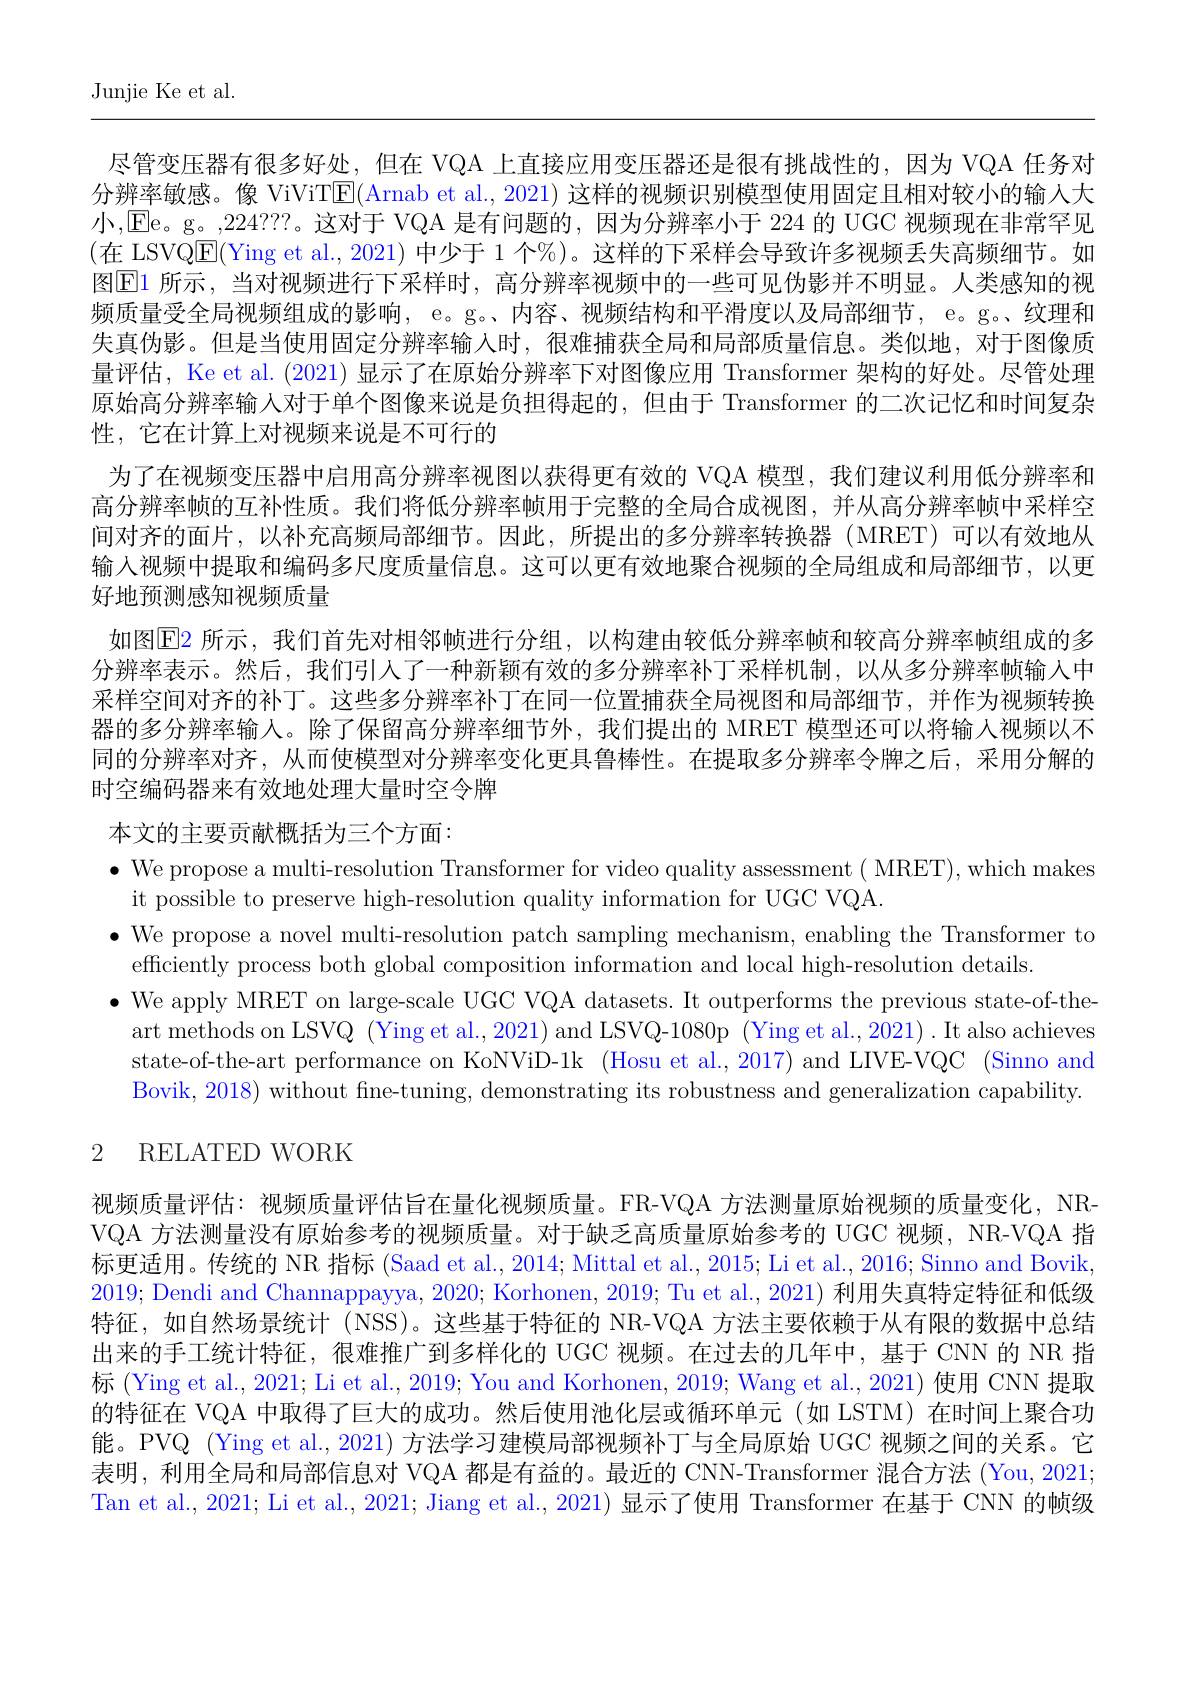
Junjie Ke et al.

尽管变压器有很多好处，但在 VQA 上直接应用变压器还是很有挑战性的，因为 VQA 任务对分辨率敏感。像 ViViTE(Arnab et al., 2021) 这样的视频识别模型使用固定且相对较小的输人大小，Ee。g。,224???。这对于 VQA 是有问题的，因为分辨率小于 224 的 UGC 视频现在非常罕见(在\_LSVQ$\overline{\mathrm{E}}($Ying et al., 2021) 中少于 1 个%)。这样的下采样会导致许多视频丢失高频细节。如图$\overline{\mathrm{E}}$1 所示，当对视频进行下采样时，高分辨率视频中的一些可见伪影并不明显。人类感知的视频质量受全局视频组成的影响，e。g。、内容、视频结构和平滑度以及局部细节，e。g。、纹理和失真伪影。但是当使用固定分辨率输人时，很难捕获全局和局部质量信息。类似地，对于图像质量评估，Ke et al. (2021)显示了在原始分辨率下对图像应用 Transformer 架构的好处。尽管处理原始高分辨率输人对于单个图像来说是负担得起的，但由于 Transformer 的二次记忆和时间复杂性，它在计算上对视频来说是不可行的
为了在视频变压器中启用高分辨率视图以获得更有效的 VQA 模型，我们建议利用低分辨率和高分辨率帧的互补性质。我们将低分辨率帧用于完整的全局合成视图，并从高分辨率帧中采样空间对齐的面片，以补充高频局部细节。因此，所提出的多分辨率转换器(MRET)可以有效地从输入视频中提取和编码多尺度质量信息。这可以更有效地聚合视频的全局组成和局部细节，以更好地预测感知视频质量
如图$\color{red}{\mathrm{E}}$2 所示，我们首先对相邻帧进行分组，以构建由较低分辨率帧和较高分辨率帧组成的多分辨率表示。然后，我们引人了一种新颖有效的多分辨率补丁采样机制，以从多分辨率帧输人中采样空间对齐的补丁。这些多分辨率补丁在同一位置捕获全局视图和局部细节，并作为视频转换器的多分辨率输入。除了保留高分辨率细节外，我们提出的 MRET 模型还可以将输人视频以不同的分辨率对齐，从而使模型对分辨率变化更具鲁棒性。在提取多分辨率令牌之后，采用分解的时空编码器来有效地处理大量时空令牌
本文的主要贡献概括为三个方面：
$\bullet$ We propose a multi-resolution Transformer for video quality assessment ( MRET), which makes
it possible to preserve high-resolution quality information for UGC VQA.
$\bullet$ We propose a novel multi-resolution patch sampling mechanism, enabling the Transformer to
efficiently process both global composition information and local high-resolution details
$\bullet$ We apply MRET on large-scale UGC VQA datasets. It outperforms the previous state-of-the-
art methods on LSVQ (Ying et al., 2021) and LSVQ-1080p (Ying et al., 2021) . It also achieves state-of-the-art performance on KoNViD-1k (Hosu et al., 2017) and LIVE-VQC (Sinno and Bovik, 2018) without fine-tuning, demonstrating its robustness and generalization capability.
2 RELATED WORK

视频质量评估：视频质量评估旨在量化视频质量。FR-VQA 方法测量原始视频的质量变化，NRVQA 方法测量没有原始参考的视频质量。对于缺乏高质量原始参考的 UGC 视频，NR-VQA 指标更适用。传统的 NR 指标 (Saad et al., 2014; Mittal et al., 2015; Li et al., 2016; Sinno and Boviky 2019; Dendi and Channappayya, 2020; Korhonen, 2019; Tu et al., 2021) 利用失真特定特征和低级特征，如自然场景统计 (NSS)。这些基于特征的 NR-VQA 方法主要依赖于从有限的数据中总结出来的手工统计特征，很难推广到多样化的 UGC 视频。在过去的几年中，基于 CNN 的 NR 指标 (Ying et al., 2021; Li et al., 2019; You and Korhonen, 2019; Wang et al., 2021) 使用 CNN 提取的特征在 VQA 中取得了巨大的成功。然后使用池化层或循环单元 (如 LSTM) 在时间上聚合功能。PVQ (Ying et al., 2021) 方法学习建模局部视频补丁与全局原始 UGC 视频之间的关系。它表明 , 利用全局和局部信息对 VQA 都是有益的。最近的 CNN-Transformer 混合方法 (You, 2021; Tan et al., 2021; Li et al., 2021; Jiang et al., 2021) 显示了使用 Transformer 在基于 CNN 的帧级